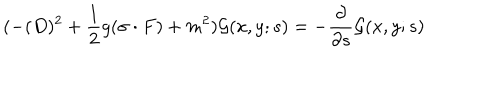
LaTeX: ( - ( D ) ^ { 2 } + \frac { 1 } { 2 } g ( \sigma \cdot F ) + m ^ { 2 } ) { \cal G } ( x , y ; s ) = - \frac { \partial } { \partial s } { \cal G } ( x , y ; s )